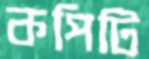
কপিটি